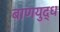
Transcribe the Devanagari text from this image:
बाणयुद्ध